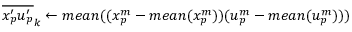
{ \overline { { { x _ { p } ^ { \prime } } { u _ { p } ^ { \prime } } } } } _ { k } \gets m e a n ( ( x _ { p } ^ { m } - m e a n ( x _ { p } ^ { m } ) ) ( u _ { p } ^ { m } - m e a n ( u _ { p } ^ { m } ) ) )